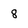
Character: 8